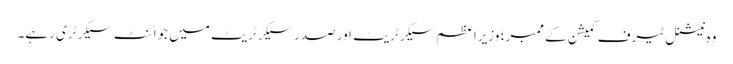
وہ نیشنل ٹیرف کمیشن کے ممبر؛ وزیراعظم سیکرٹریٹ اور صدر سیکرٹریٹ میں جوائنٹ سیکرٹری رہے۔